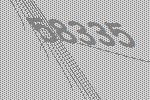
58335